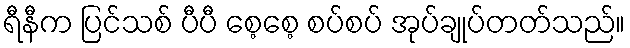
ရီနီက ပြင်သစ် ပီပီ စေ့စေ့ စပ်စပ် အုပ်ချုပ်တတ်သည်။